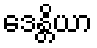
ဒေန္တိယာ